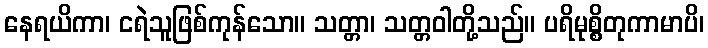
နေရယိကာ၊ ငရဲသူဖြစ်ကုန်သော။ သတ္တာ၊ သတ္တဝါတို့သည်။ ပရိမုစ္စိတုကာမာပိ၊